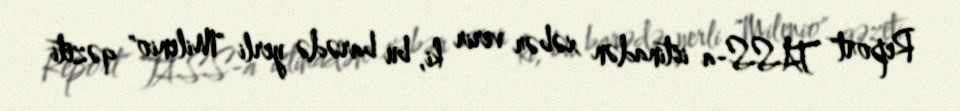
Report" TASS-a istinadən xəbər verir ki, bu barədə yerli "Milenio" qəzeti